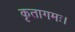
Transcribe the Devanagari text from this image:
कृतागमः।